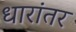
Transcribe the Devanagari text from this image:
धारांतर